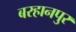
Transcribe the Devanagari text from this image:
बरहानपुर